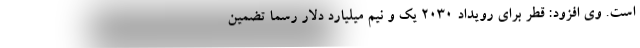
است. وی افزود: قطر برای رویداد ۲۰۳۰ یک و نیم میلیارد دلار رسما تضمین